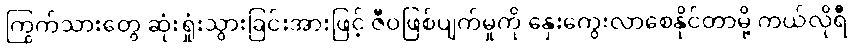
ကြွက်သားတွေ ဆုံးရှုံးသွားခြင်းအားဖြင့် ဇီဝဖြစ်ပျက်မှုကို နှေးကွေးလာစေနိုင်တာမို့ ကယ်လိုရီ